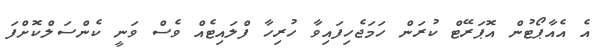
އެ އެއާޕޯޓުން އޮޕަރޭޓް ކުރަން ހަމަޖެހިފައިވާ ހުރިހާ ފްލައިޓެއް ވެސް ވަނީ ކެންސަލްކޮށްފަ